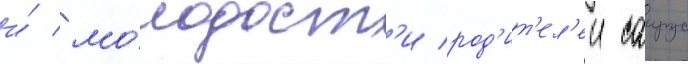
и́ мо́лодост'и род'ит'ел'еи саирус